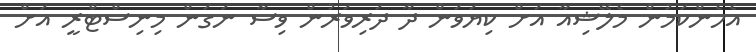
އެހެންކަމުން މެލޭޝިއާ އަށް ކިޔަވަން ދާ ދަރިވަރުން ވިސާ ނަގަން މިނިސްޓްރީ އަށް